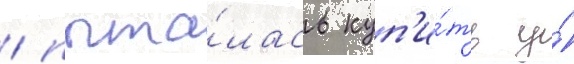
/ пыта́лась куп'и́ть у́